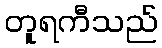
တူရကီသည်